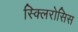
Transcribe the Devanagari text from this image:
स्क्लिरोसिस